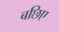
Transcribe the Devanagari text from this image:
बछिए